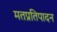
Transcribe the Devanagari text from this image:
मतप्रतिपादन